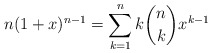
\begin{align*} n(1+x)^{n-1} = \sum_{k=1}^n k\binom{n}{k}x^{k-1}\end{align*}